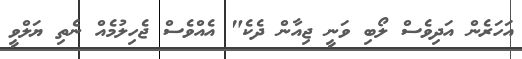
އަހަރެން އަދިވެސް ލޯބި ވަނީ ޖިއާން ދެކެ" އެއްވެސް ޖެހިލުމެއް ނެތި ޔަލްވީ